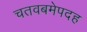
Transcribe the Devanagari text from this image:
चतवबमेपदह